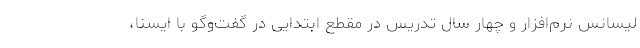
لیسانس نرم‌افزار و چهار سال تدریس در مقطع ابتدایی در گفت‌وگو با ایسنا،